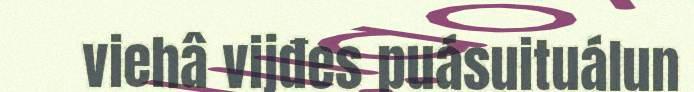
viehâ vijđes puásuituálun